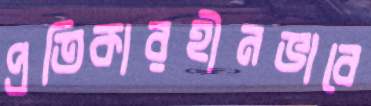
প্রতিকারহীনভাবে